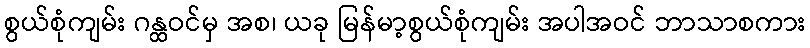
စွယ်စုံကျမ်း ဂန္ထဝင်မှ အစ၊ ယခု မြန်မာ့စွယ်စုံကျမ်း အပါအဝင် ဘာသာစကား